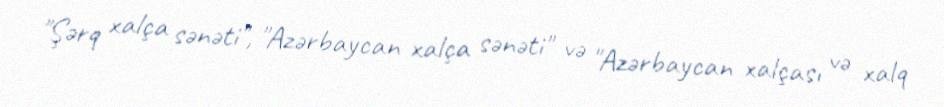
"Şərq xalça sənəti", "Azərbaycan xalça sənəti" və "Azərbaycan xalçası və xalq